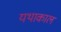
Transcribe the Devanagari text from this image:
यथाकाल